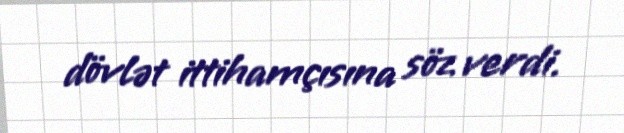
dövlət ittihamçısına söz verdi.